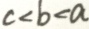
c < b < a